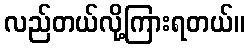
လည်တယ်လို့ကြားရတယ်။